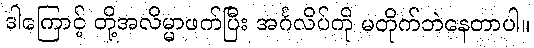
ဒါကြောင့် တို့အလိမ္မာဖက်ပြီး အင်္ဂလိပ်ကို မတိုက်ဘဲနေတာပါ။